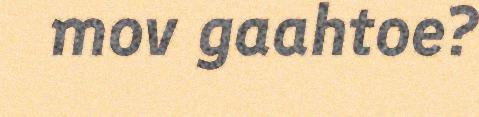
mov gaahtoe?